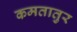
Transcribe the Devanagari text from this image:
कमतातुर